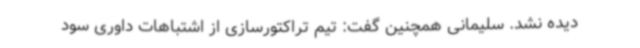
دیده نشد. سلیمانی همچنین گفت: تیم تراکتورسازی از اشتباهات داوری سود